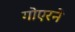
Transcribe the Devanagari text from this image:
गोएरने